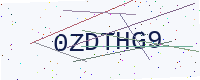
Text: 0ZDTHG9